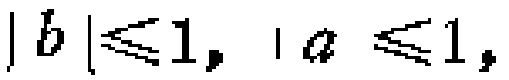
$|b|\leqslant 1,|a|\leqslant 1,$